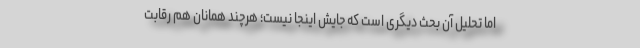
اما تحلیل آن بحث دیگری است که جایش اینجا نیست؛ هرچند همانان هم رقابت